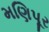
મણિપૂર